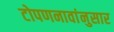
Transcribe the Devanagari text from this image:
टोपणनावांनुसार